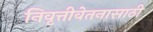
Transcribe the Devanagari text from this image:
निवृत्तीवेतनासाठी